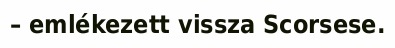
– emlékezett vissza Scorsese.